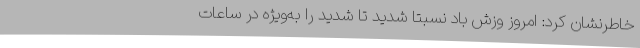
خاطرنشان کرد: امروز وزش باد نسبتا شدید تا شدید را به‌ویژه در ساعات